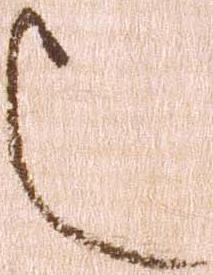
也